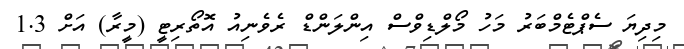
މިދިޔަ ސެޕްޓެމްބަރު މަހު މޯލްޑިވްސް އިންލަންޑް ރެވެނިއު އޮތޯރިޓީ (މީރާ) އަށް 1.3